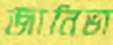
জানিভা